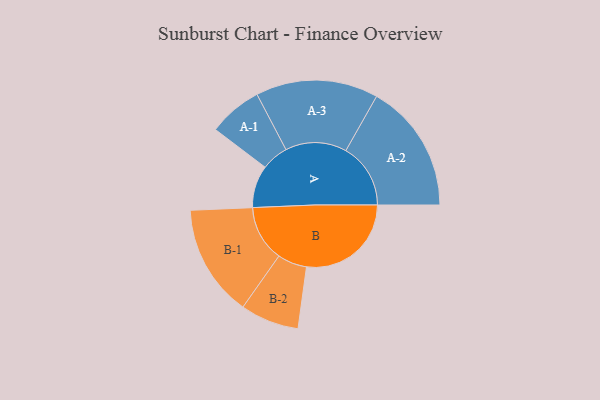
{"axis": {"x": "Segment", "y": "Value"}, "legend": ["", "A", "B"], "data": [{"x": "A", "y": 195, "type": ""}, {"x": "B", "y": 482, "type": ""}, {"x": "A-1", "y": 124, "type": "A"}, {"x": "A-2", "y": 298, "type": "A"}, {"x": "A-3", "y": 282, "type": "A"}, {"x": "B-1", "y": 258, "type": "B"}, {"x": "B-2", "y": 135, "type": "B"}]}